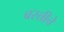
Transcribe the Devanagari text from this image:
बस्तीचे